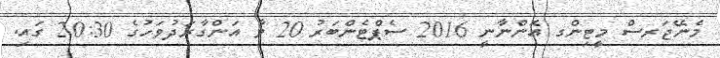
މެނޭޖަރސް މީޓިންގ އޮންނާނީ 2016 ސެޕްޓެންބަރު 20 ވާ އަންގާރަދުވަހުގެ 20:30 ގައިި.